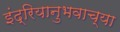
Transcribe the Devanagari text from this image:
इंद्रियानुभवाच्या